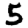
Digit: 5